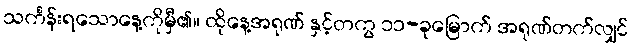
သင်္ကန်းရသောနေ့ကိုမှီ၏။ ထိုနေ့အရုဏ် နှင့်တကွ ၁၁-ခုမြောက် အရုဏ်တက်လျှင်